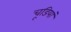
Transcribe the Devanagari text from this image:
चूडियां